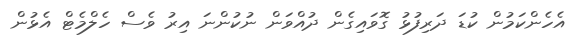
އެހެންކަމުން ކުޑަ ދަރިފުޅު ގޮވައިގެން ދުއްވަން ނުކުންނަ އިރު ވެސް ހެލްމެޓް އެޅުން